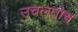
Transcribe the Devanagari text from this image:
उचलतोच